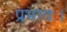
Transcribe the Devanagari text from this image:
प्रभावः।